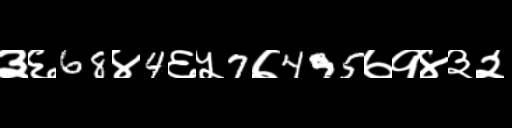
Text: ३६68४4६५7७495७१४३२